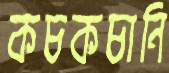
কচকচানি